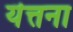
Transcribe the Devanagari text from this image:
यॆत्तना